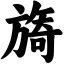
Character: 旖